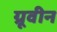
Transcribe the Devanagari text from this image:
ग्रूवीन